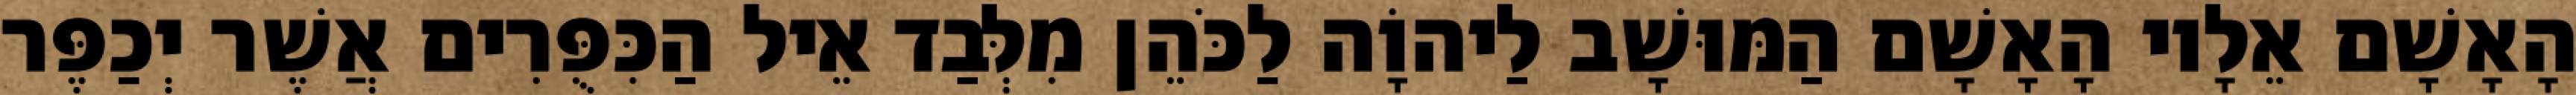
הָאָשָׁם אֵלָיו הָאָשָׁם הַמּוּשָׁב לַיהוָֹה לַכֹּהֵן מִלְּבַד אֵיל הַכִּפֻּרִים אֲשֶׁר יְכַפֶּר